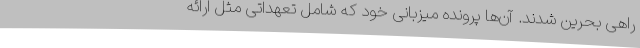
راهی بحرین شدند. آن‌ها پرونده میزبانی خود که شامل تعهداتی مثل ارائه